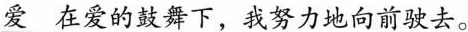
\underline{爱}在爱的鼓舞下，我努力地向前驶去。